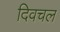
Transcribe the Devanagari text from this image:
दिवचल